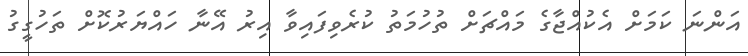
އަންނަ ކަމަށް އެކުއްޖާގެ މައްޗަށް ތުހުމަތު ކުރެވިފައިވާ އިރު އޭނާ ހައްޔަރުކޮށް ތަހުގީގު